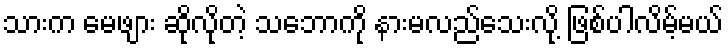
သားက မေဖျား ဆိုလိုတဲ့ သဘောကို နားမလည်သေးလို့ ဖြစ်ပါလိမ့်မယ်